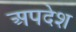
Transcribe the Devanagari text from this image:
अपदेश